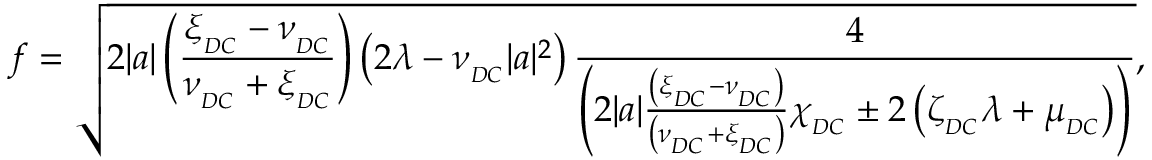
f = \sqrt { 2 | a | \left( \frac { \xi _ { _ { D C } } - \nu _ { _ { D C } } } { \nu _ { _ { D C } } + \xi _ { _ { D C } } } \right) \left( 2 \lambda - \nu _ { _ { D C } } | a | ^ { 2 } \right) \frac { 4 } { \left( 2 | a | \frac { \left( \xi _ { _ { D C } } - \nu _ { _ { D C } } \right) } { \left( \nu _ { _ { D C } } + \xi _ { _ { D C } } \right) } \chi _ { _ { D C } } \pm 2 \left( \zeta _ { _ { D C } } \lambda + \mu _ { _ { D C } } \right) \right) } } ,